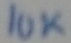
Text: 10k